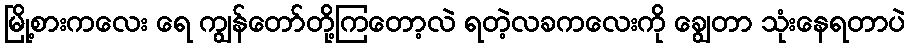
မြို့စားကလေး ရေ ကျွန်တော်တို့ကြတော့လဲ ရတဲ့လခကလေးကို ချွေတာ သုံးနေရတာပဲ